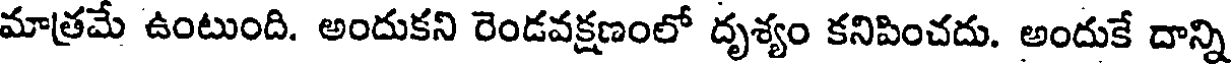
మాత్రమే ఉంటుంది. అందుకని రెండవక్షణంలో దృశ్యం కనిపించదు. అందుకే దాన్ని